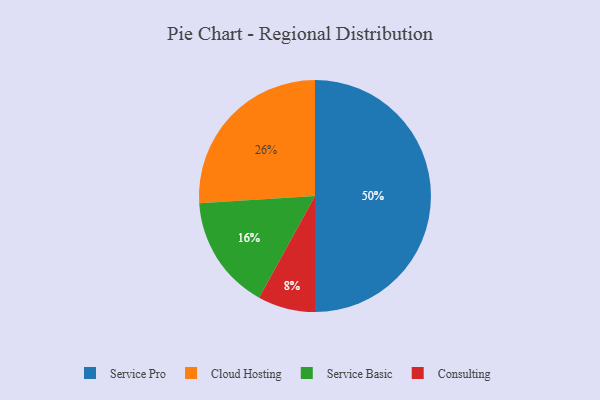
{"axis": {"x": "Category", "y": "Percentage"}, "legend": ["Cloud Hosting", "Consulting", "Service Basic", "Service Pro"], "data": [{"x": "Consulting", "y": 8, "type": "Consulting"}, {"x": "Cloud Hosting", "y": 26, "type": "Cloud Hosting"}, {"x": "Service Pro", "y": 50, "type": "Service Pro"}, {"x": "Service Basic", "y": 16, "type": "Service Basic"}]}